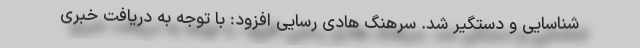
شناسایی و دستگیر شد. سرهنگ هادی رسایی افزود: با توجه به دریافت خبری